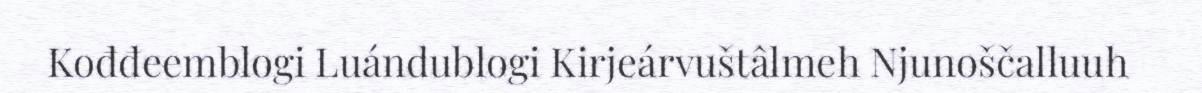
Kođđeemblogi Luándublogi Kirjeárvuštâlmeh Njunoščalluuh